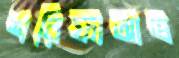
শরিফাআভ